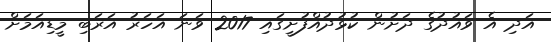
އަދި އެ ވައުދުގެ ދަށުން ކުޅުދުއްފުށީގައި 2017 ވަނަ އަހަރު އަރަބި މީޑިއަމަށް